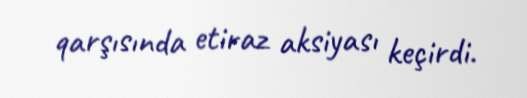
qarşısında etiraz aksiyası keçirdi.